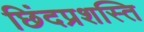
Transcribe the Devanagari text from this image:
छिंदप्रशस्ति